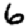
Digit: 6